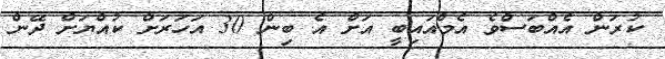
ކުރަން އެއްބަސްވެ އެމްއައިބީ އަށް އެ ބިން 30 އަހަރަށް ކުއްޔަށް ދޭން